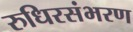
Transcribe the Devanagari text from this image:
रुधिरसंभरण